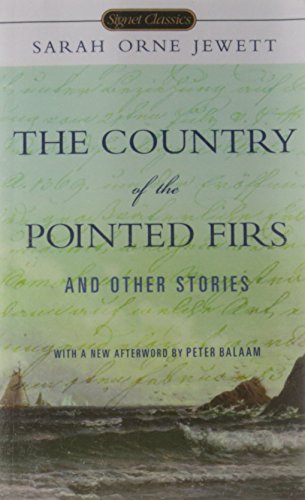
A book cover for The Country of the Pointed Firs and Other Stories (Signet Classics); Sarah Orne Jewett; Teen & Young Adult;